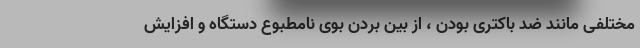
مختلفی مانند ضد باکتری بودن ، از بین بردن بوی نامطبوع دستگاه و افزایش